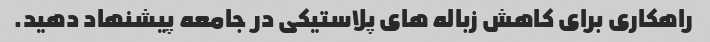
راهکاری برای کاهش زباله های پلاستیکی در جامعه پیشنهاد دهید.